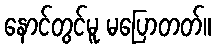
နောင်တွင်မူ မပြောတတ်။